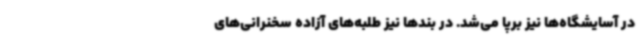
در آسایشگاه‌ها نیز برپا می‌شد. در بندها نیز طلبه‌های آزاده سخنرانی‌های